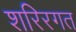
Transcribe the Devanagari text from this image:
शरिरगत